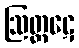
ဩတ္ထဋေ